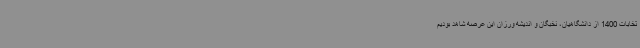
تخابات 1400 از دانشگاهیان، نخبگان و اندیشه ورزان این عرصه شاهد بودیم